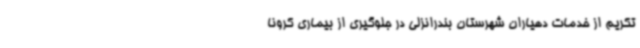
تکریم از خدمات دهیاران شهرستان بندرانزلی در جلوگیری از بیماری کرونا